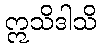
ဣသိဒါသိ